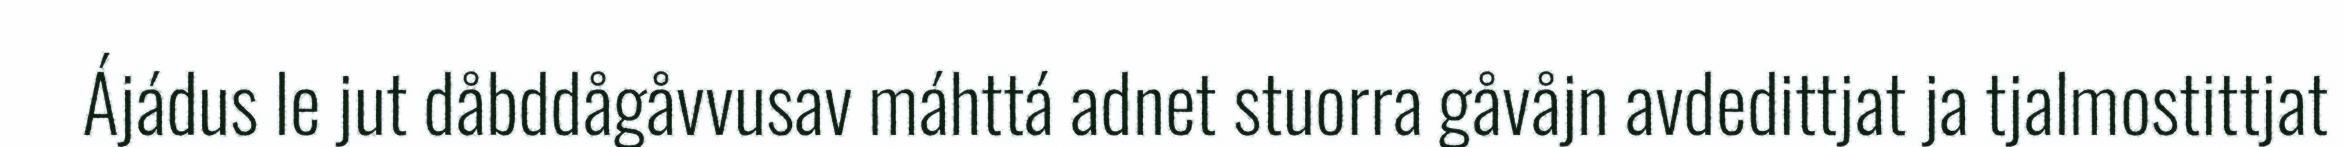
Ájádus le jut dåbddågåvvusav máhttá adnet stuorra gåvåjn avdedittjat ja tjalmostittjat